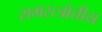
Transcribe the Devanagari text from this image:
समस्त्त्रोतीय